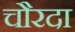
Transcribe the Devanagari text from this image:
चौरदा